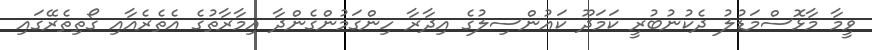
ވީމާ މާޅޮސްމަޑުލު ދެކުނުބުރީ ކަމަދޫ ކައުންސިލުގެ އިދާރާ ހިންގަމުންގެންދާ އިމާރާތުގެ އެތެރެއާއި ގޯތިތެރޭގައި